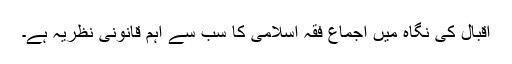
اقبال کی نگاہ میں اجماع فقہ اسلامی کا سب سے اہم قانونی نظریہ ہے۔